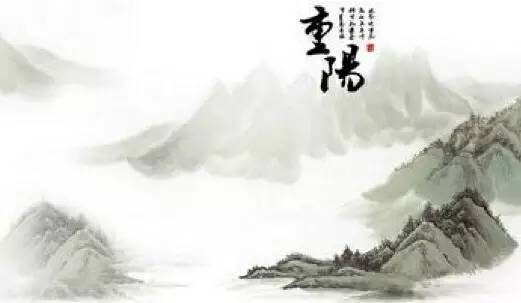
日日望乡国，空歌白苎词。